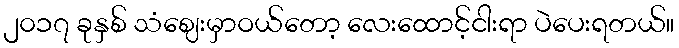
၂၀၁၇ ခုနှစ် သံဈေးမှာဝယ်တော့ လေးထောင့်ငါးရာ ပဲပေးရတယ်။